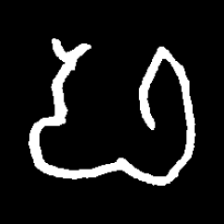
Pyu character \u2014 Myanmar letter: ဖ (romanized: pha)